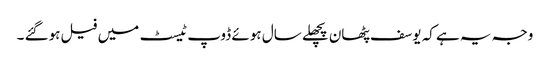
وجہ یہ ہے کہ یوسف پٹھان پچھلے سال ہوئے ڈوپ ٹیسٹ میں فیل ہوگئے ۔